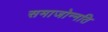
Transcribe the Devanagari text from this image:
समाजोन्नति